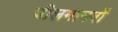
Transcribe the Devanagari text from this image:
चीलमानवों